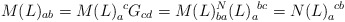
\begin{align*}M(L)_{ab}=M(L)_a^{\ c}G_{cd}=M(L)_{ba} \sp N(L)_a^{\ bc}=N(L)_a^{\ cb}\end{align*}